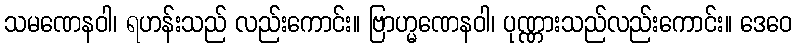
သမဏေနဝါ၊ ရဟန်းသည် လည်းကောင်း။ ဗြာဟ္မဏေနဝါ၊ ပုဏ္ဏားသည်လည်းကောင်း။ ဒေဝေ